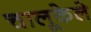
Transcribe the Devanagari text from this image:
चालूकेले